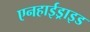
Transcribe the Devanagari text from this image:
एनहाईड्राइड